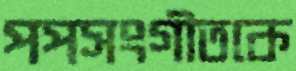
পপসংগীতকে